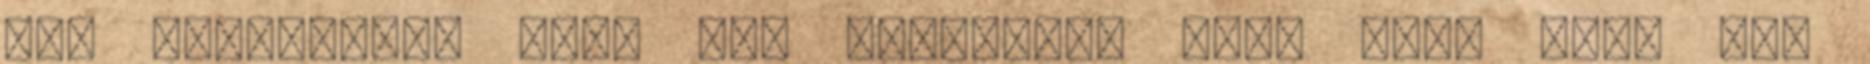
azt sejtettük, hogy egy reptérnyi hely kell neki még